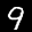
Label: 9